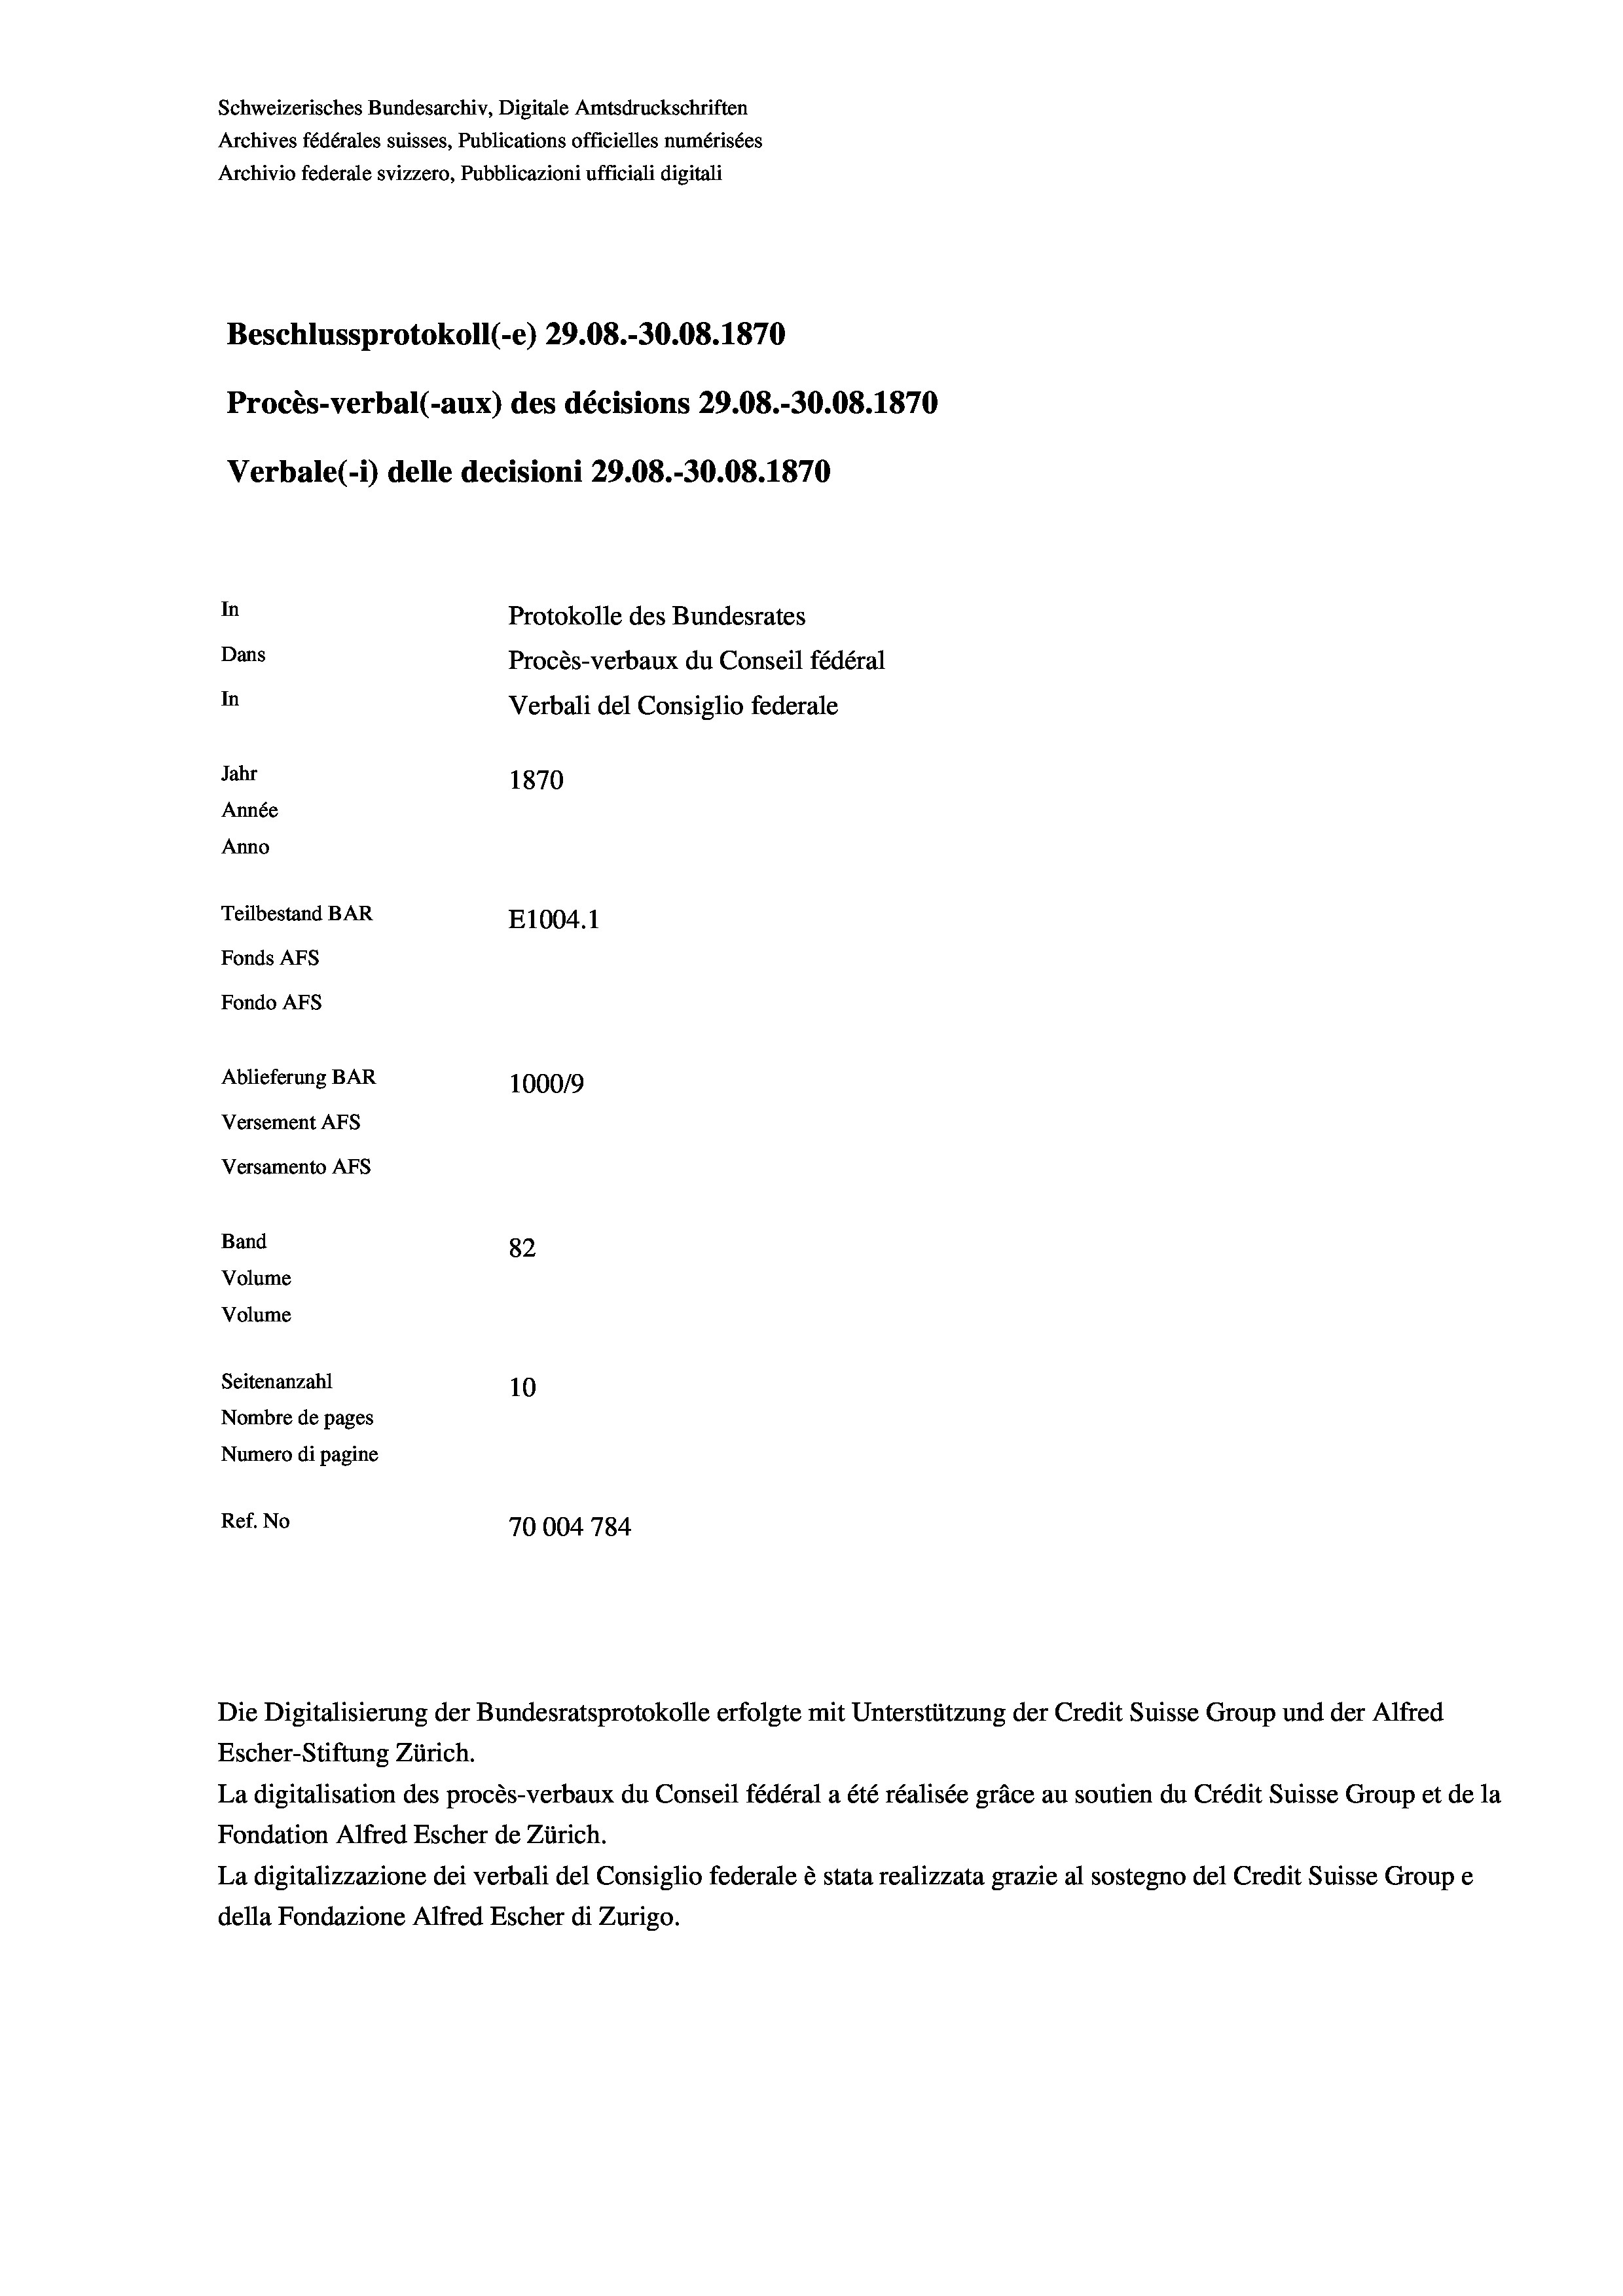
Schweizerisches Bundesarchiv, Digitale Amtsdruckschriften
Archives fédérales suisses, Publications officielles numérisées
Archivio federale svizzero, Pubblicazioni ufficiali digitali
Beschlussprotokoll (-e) 29.08.-30.08. 1870
Procès-verbal (-aux) des décisions 29.08.-30.08. 1870
Verbale(-*) delle decisioni 29.08.-30.08. 1870
In
Protokolle des Bundesrates
Dans
Procès-verbaux du Conseil fédéral
In
Verbali del Consiglio federale
Jahr
1870
Année
Anno
Teilbestand BAR
E1004.1
Fonds AFs
Fondo Afs
Ablieferung BAR
100019
Versement AFs
Versamento Afs

82
Seitenanzahl
10
Nombre de pages
Numero di pagine
Ref. No
70004 784

Band
Volume

Volume

Escher-Stiftung Zürich.
La digitalisation des procès-verbaux du Conseil fédéral a été réalisée gräce au soutien du Crédit Suisse Group et de la
Fondation Alfred Escher de Zürich.
La digitalizzazione dei verbali del Consiglio federale è stata realizzata grazie al sostegno del Credit Suisse Groupe
della Fondazione Alfred Escher di Zurigo.

Die Digitalisierung der Bundesratsprotokolle erfolgte mit Unterstützung der Credit Suisse Group und der Alfred